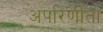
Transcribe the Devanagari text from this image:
अपरिणीता